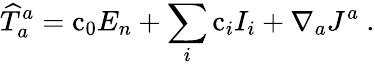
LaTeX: {\widehat T}_{a}^{a}=\mathrm{c}_{0}E_{n}+\sum_{i}\mathrm{c}_{i}I_{i}+\nabla_{a}J^{a}\ .